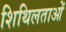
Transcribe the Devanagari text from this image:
शिथिलताओं